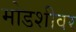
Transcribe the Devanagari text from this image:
मोडशीवर